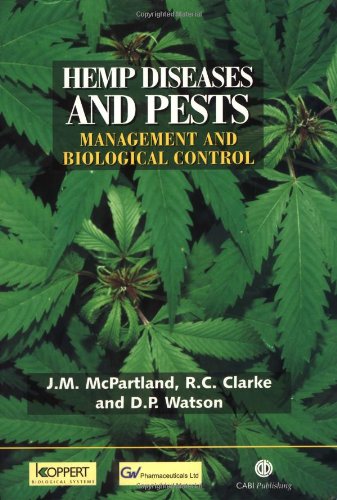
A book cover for Hemp Diseases and Pests: Management and Biological Control (Cabi); J. M. McPartland; Crafts, Hobbies & Home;